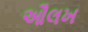
ઔલખ